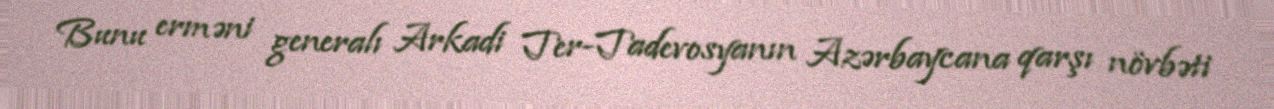
Bunu erməni generalı Arkadi Ter-Tadevosyanın Azərbaycana qarşı növbəti